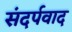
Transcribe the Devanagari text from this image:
संदर्पवाद